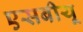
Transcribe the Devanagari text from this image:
एसबीयू